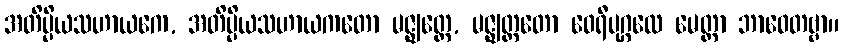
အတိပ္ပိယသဟာယကေ, အတိပ္ပိယသဟာယကတော မဇ္ဈတ္တေ, မဇ္ဈတ္တတော ဝေရီပုဂ္ဂလေ မေတ္တာ ဘာဝေတဗ္ဗာ။